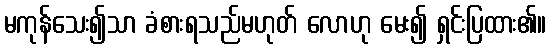
မကုန်သေး၍သာ ခံစားရသည်မဟုတ် လောဟု မေး၍ ရှင်းပြထား၏။